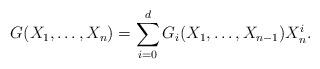
LaTeX: \begin{align*}G(X_1, \dots, X_n) = \sum_{i=0}^d G_i(X_1, \dots, X_{n-1}) X_n^i.\end{align*}